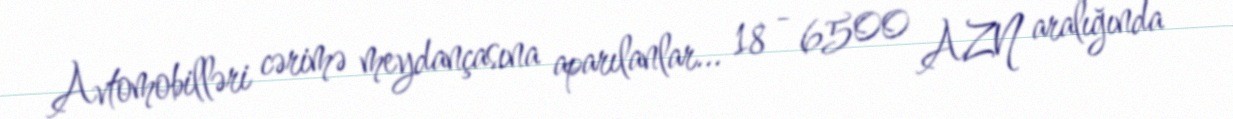
Avtomobilləri cərimə meydançasına aparılanlar... 18 - 6500 AZN aralığında